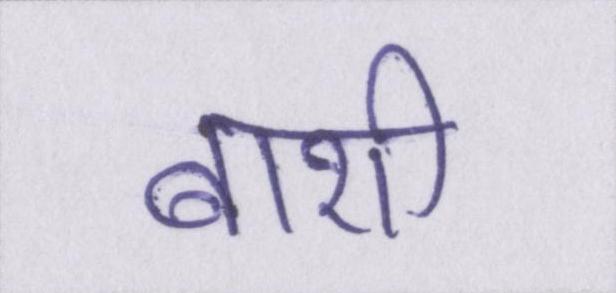
बाशी